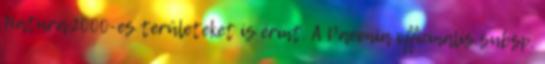
Natura 2000-es területeket is érint. A Paeonia officinalis subsp.